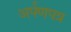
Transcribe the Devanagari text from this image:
अर्पणपत्र